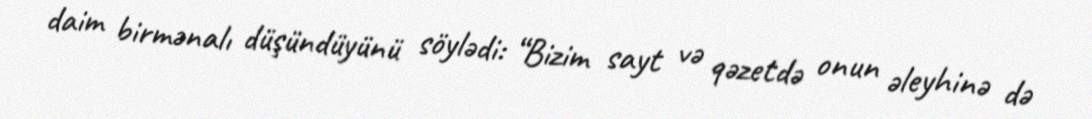
daim birmənalı düşündüyünü söylədi: “Bizim sayt və qəzetdə onun əleyhinə də